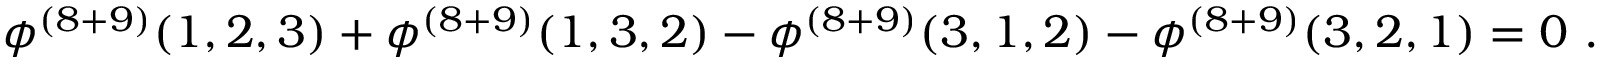
\phi ^ { ( 8 + 9 ) } ( 1 , 2 , 3 ) + \phi ^ { ( 8 + 9 ) } ( 1 , 3 , 2 ) - \phi ^ { ( 8 + 9 ) } ( 3 , 1 , 2 ) - \phi ^ { ( 8 + 9 ) } ( 3 , 2 , 1 ) = 0 \ .